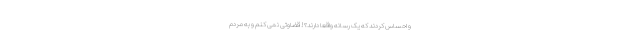
و احساس کردند که یک رسانه واقعاً دارند؟! قضاوتی نمی کنم و به مردم